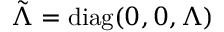
\tilde { \boldsymbol \Lambda } = \mathrm { d i a g } ( 0 , 0 , \boldsymbol \Lambda )